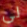
لي